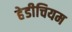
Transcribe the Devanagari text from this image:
हेडीचियम